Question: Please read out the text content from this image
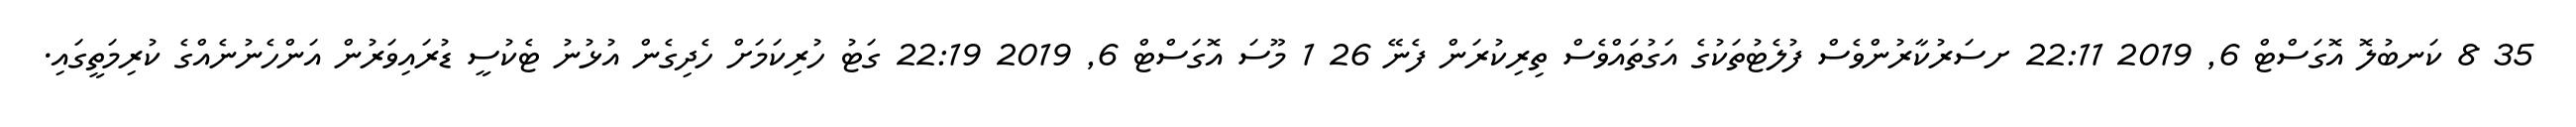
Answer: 35 8 ކަނބުލޮ އޮގަސްޓް 6, 2019 22:11 ށސަރުކާރުންވެސް ފުލެޓުތަކުގެ އަގުތައްވެސް ތިރިކުރަން ފެނޭ 26 1 މޫސަ އޮގަސްޓް 6, 2019 22:19 ގަޓު ހުރިކަމަށް ހެދިގެން އުޅުނު ޓެކުސީ ޑުރައިވަރުން އަންހެނުނެއްގެ ކުރިމަތީގައި.